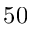
5 0